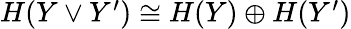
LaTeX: \begin{array}{r}{H(Y\vee Y^{\prime})\cong H(Y)\oplus H(Y^{\prime})}\end{array}